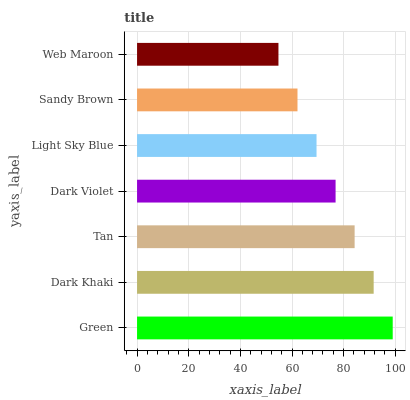
| yaxis_label | bars |
 | --- | --- |
 | Green | 99 |
 | Dark Khaki | 91.6 |
 | Tan | 84.3 |
 | Dark Violet | 76.9 |
 | Light Sky Blue | 69.5 |
 | Sandy Brown | 62.1 |
 | Web Maroon | 54.8 |